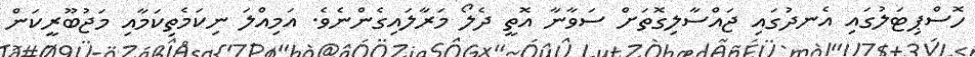
ހޮސްޕިޓަލުގައި އެނދުގައި ޖައްސާލިގޮތަށް ސަވާނާ އޮތީ ދެލޯ މަރާލައިގެންނެވެ. އަމިއްލަ ނިކަމެތިކަމާއި މަޖުބޫރީކަން